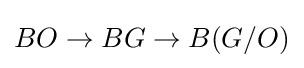
BO\rightarrow BG\rightarrow B(G/O)